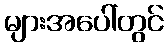
များအပေါ်တွင်